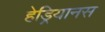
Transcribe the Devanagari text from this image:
हेड्रियानस